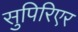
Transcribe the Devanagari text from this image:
सुपिरिएर